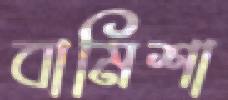
বামিশা